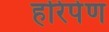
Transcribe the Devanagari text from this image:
हरिपेण